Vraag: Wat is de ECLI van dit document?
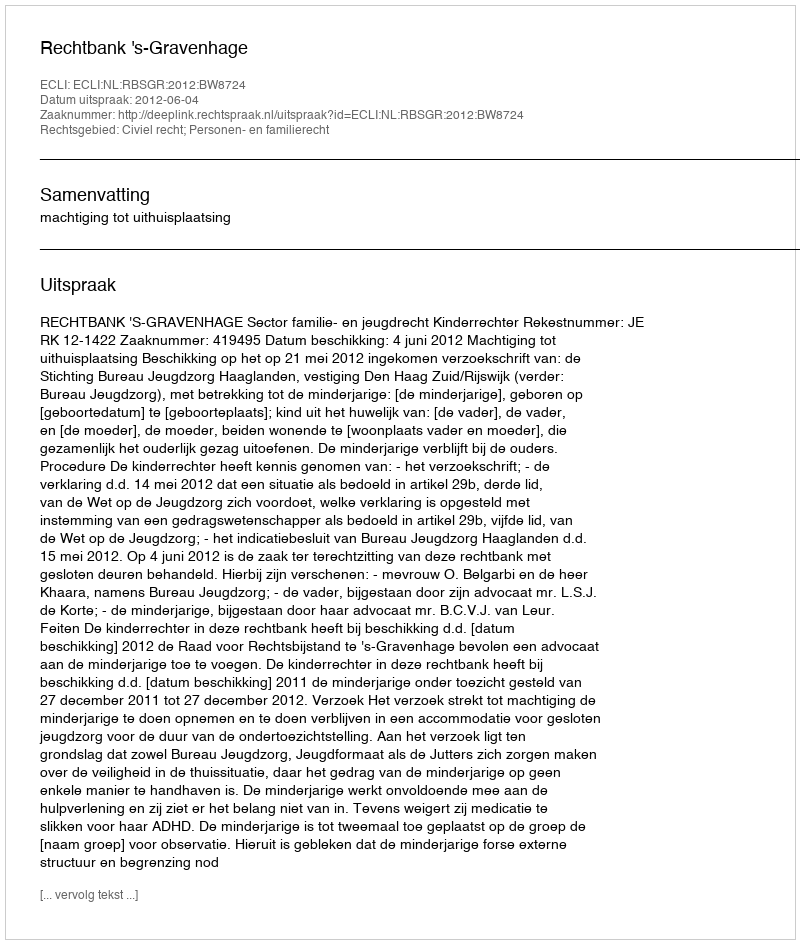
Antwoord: ECLI:NL:RBSGR:2012:BW8724